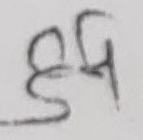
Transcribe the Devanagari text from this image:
धर